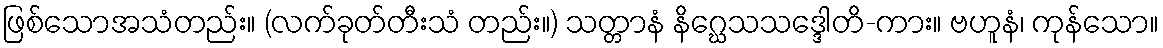
ဖြစ်သောအသံတည်း။ (လက်ခုတ်တီးသံ တည်း။) သတ္တာနံ နိဂ္ဃေသသဒ္ဒေါတိ-ကား။ ဗဟူနံ၊ ကုန်သော။